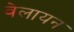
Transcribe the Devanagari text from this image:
वेलायन